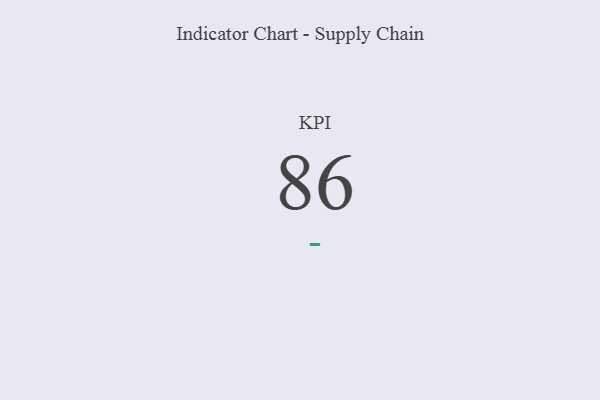
{"axis": {"x": "KPI", "y": "Value"}, "legend": [""], "data": [{"x": "KPI", "y": 86, "type": ""}]}